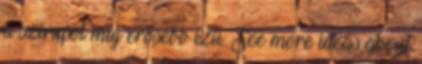
a szirupot míg erősebb ízű. See more ideas about